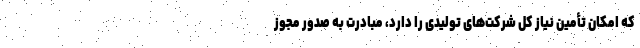
که امکان تأمین نیاز کل شرکت‌های تولیدی را دارد، مبادرت به صدور مجوز